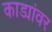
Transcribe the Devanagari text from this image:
काड्यांवर